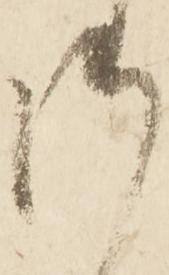
御